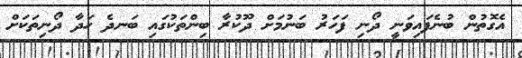
އެގޮތުން ބުނެފައިވަނީ ދޯނި ފަހަރު ބަނުމަށް ދޫކުރާ ބިންތަކުގައި ބަނދެ ހަދާ ދޯނިތަކަށް